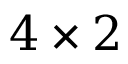
4 \times 2